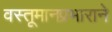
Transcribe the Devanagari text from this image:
वस्तूमानप्रभाराने